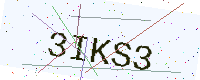
Text: 3IKS3